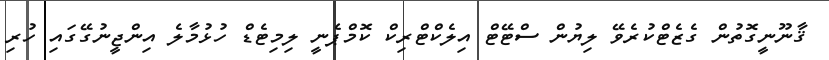
ޤާނޫނީގޮތުން ގެޒެޓްކުރެވޭ ލިޔުން ސްޓޭޓް އިލެކްޓްރިކް ކޮމްޕެނީ ލިމިޓެޑް ހުޅުމާލެ އިންޖީނުގޭގައި ހުރި